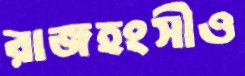
রাজহংসীও